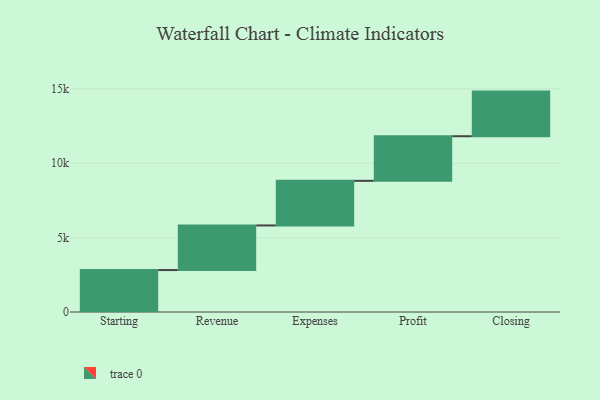
{"axis": {"x": "Step", "y": "Value"}, "legend": [""], "data": [{"x": "Starting", "y": 2820.0, "type": ""}, {"x": "Revenue", "y": 3000, "type": ""}, {"x": "Expenses", "y": 3000, "type": ""}, {"x": "Profit", "y": 3000, "type": ""}, {"x": "Closing", "y": 3000, "type": ""}]}